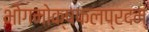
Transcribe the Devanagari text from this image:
भोगमोक्षफलप्रदम्